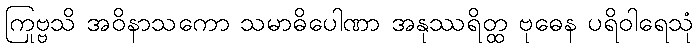
ကြုဗ္ဗသိ အဝိနာသကော သမာဓိပေါဏာ အနုဿရိတ္ထ ဗုဓေန ပရိဝါရေသုံ